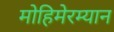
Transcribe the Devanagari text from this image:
मोहिमेरम्यान